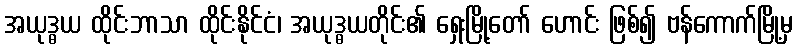
အယုဒ္ဓယ ထိုင်းဘာသာ ထိုင်းနိုင်ငံ၊ အယုဒ္ဓယတိုင်း၏ ရှေးမြို့တော် ဟောင်း ဖြစ်၍ ဗန်ကောက်မြို့မှ